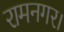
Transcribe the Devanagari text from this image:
रामनगर।